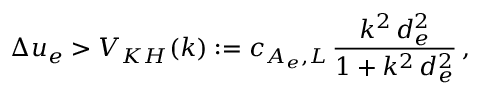
\Delta u _ { e } > V _ { K H } ( k ) : = c _ { A _ { e } , L } \, \frac { k ^ { 2 } \, d _ { e } ^ { 2 } } { 1 + k ^ { 2 } \, d _ { e } ^ { 2 } } \, ,